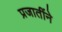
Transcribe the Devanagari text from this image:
प्रजातींने